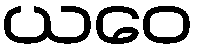
ယဝေ